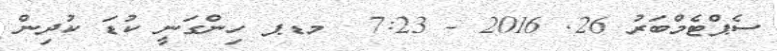
ސެޕްޓެމްބަރު 26